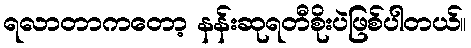
ရလာတာကတော့ နန်းဆုရတီစိုးပဲဖြစ်ပါတယ်။